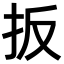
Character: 扳